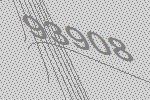
93908